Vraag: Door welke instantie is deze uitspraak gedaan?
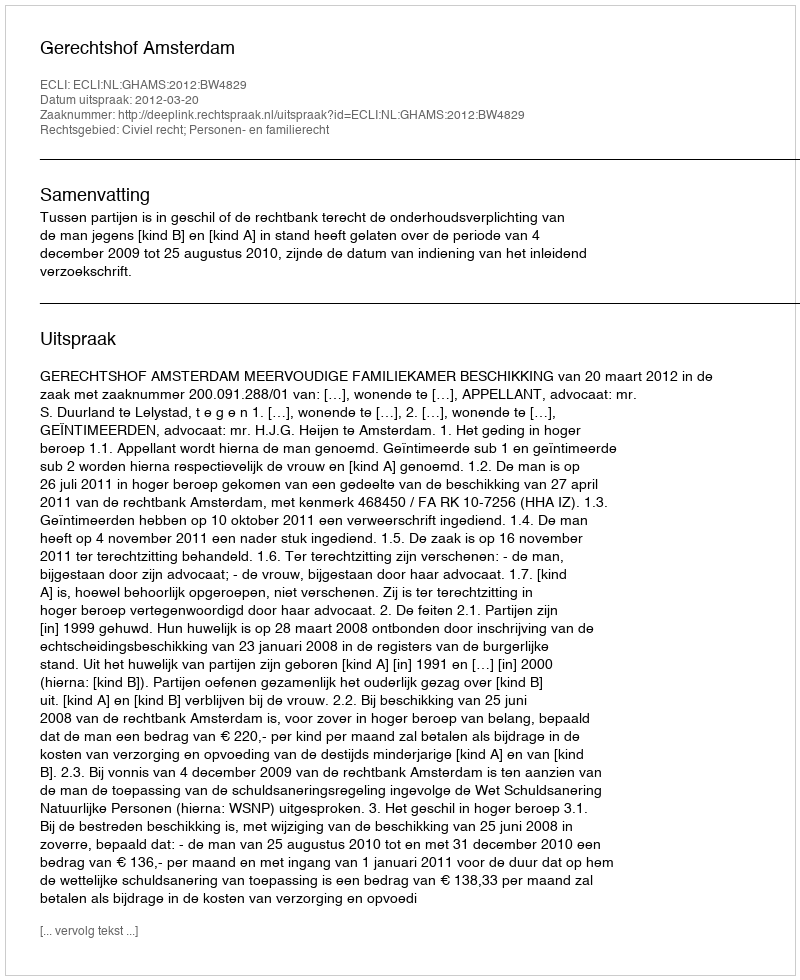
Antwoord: Gerechtshof Amsterdam